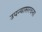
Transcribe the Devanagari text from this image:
उपन्यासरचना